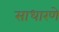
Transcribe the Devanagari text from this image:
साधारणे